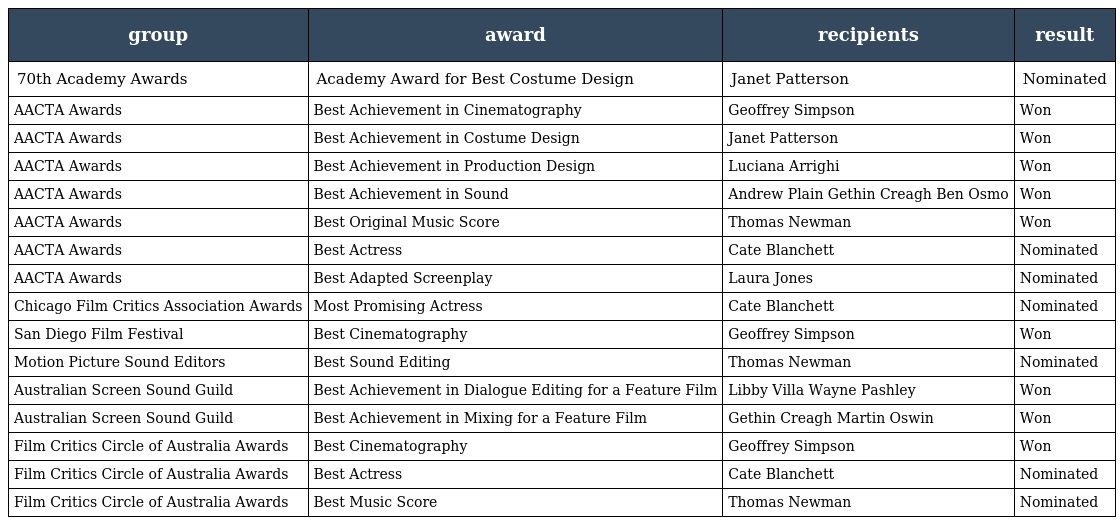
| group | award | recipients | result |
 | --- | --- | --- | --- |
 | 70th Academy Awards | Academy Award for Best Costume Design | Janet Patterson | Nominated |
 | AACTA Awards | Best Achievement in Cinematography | Geoffrey Simpson | Won |
 | AACTA Awards | Best Achievement in Costume Design | Janet Patterson | Won |
 | AACTA Awards | Best Achievement in Production Design | Luciana Arrighi | Won |
 | AACTA Awards | Best Achievement in Sound | Andrew Plain Gethin Creagh Ben Osmo | Won |
 | AACTA Awards | Best Original Music Score | Thomas Newman | Won |
 | AACTA Awards | Best Actress | Cate Blanchett | Nominated |
 | AACTA Awards | Best Adapted Screenplay | Laura Jones | Nominated |
 | Chicago Film Critics Association Awards | Most Promising Actress | Cate Blanchett | Nominated |
 | San Diego Film Festival | Best Cinematography | Geoffrey Simpson | Won |
 | Motion Picture Sound Editors | Best Sound Editing | Thomas Newman | Nominated |
 | Australian Screen Sound Guild | Best Achievement in Dialogue Editing for a Feature Film | Libby Villa Wayne Pashley | Won |
 | Australian Screen Sound Guild | Best Achievement in Mixing for a Feature Film | Gethin Creagh Martin Oswin | Won |
 | Film Critics Circle of Australia Awards | Best Cinematography | Geoffrey Simpson | Won |
 | Film Critics Circle of Australia Awards | Best Actress | Cate Blanchett | Nominated |
 | Film Critics Circle of Australia Awards | Best Music Score | Thomas Newman | Nominated |